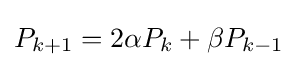
P_{k+1}=2\alpha P_{k}+\beta P_{k-1}